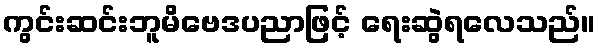
ကွင်းဆင်းဘူမိဗေဒပညာဖြင့် ရေးဆွဲရလေသည်။